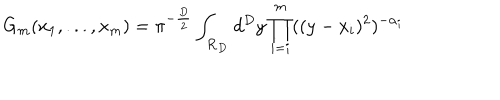
G _ { m } ( x _ { 1 } , . . . , x _ { m } ) = \pi ^ { - \frac { D } { 2 } } \int _ { \bf { R } _ { D } } d ^ { D } y \prod _ { i = i } ^ { m } ( ( y - x _ { i } ) ^ { 2 } ) ^ { - \alpha _ { i } }